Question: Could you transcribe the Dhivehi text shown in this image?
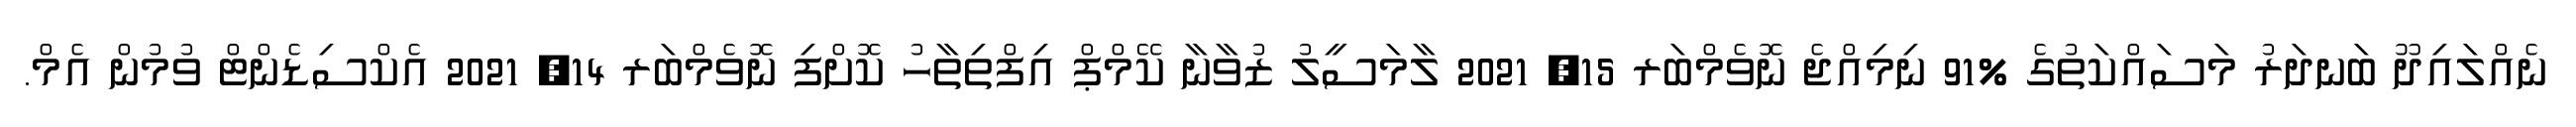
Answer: ނެއްލައިދޫ ބަނދަރު މަސައްކަތުގެ %91 ނިމިއްޖެ ނޮވެމްބަރ 15, 2021 ލާމަސީލު ޒުވާނާ ކޭމްޕް އިފްތިތާހު ކޮށްފި ނޮވެމްބަރ 14, 2021 އެކްސިޑެންޓް ވުމުން އެމް.